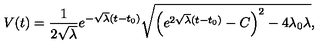
V ( t ) = \frac 1 { 2 \sqrt { \lambda } } e ^ { - \sqrt { \lambda } ( t - t _ { 0 } ) } \sqrt { \left( e ^ { 2 \sqrt { \lambda } ( t - t _ { 0 } ) } - C \right) ^ { 2 } - 4 \lambda _ { 0 } \lambda } ,